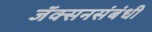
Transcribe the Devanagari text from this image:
जॅक्सनसंबंधी